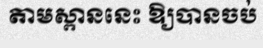
តាមស្ពាននេះ ឱ្យបានចប់